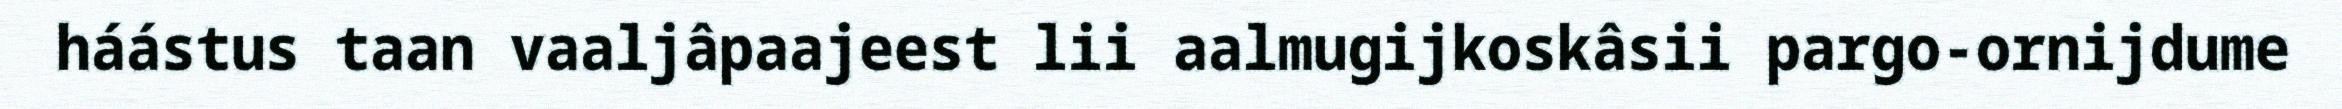
háástus taan vaaljâpaajeest lii aalmugijkoskâsii pargo-ornijdume